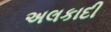
અલકાદી